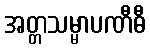
အတ္တသမ္မာပဏီဓီ